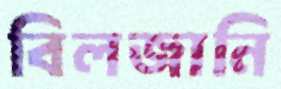
বিলজানি